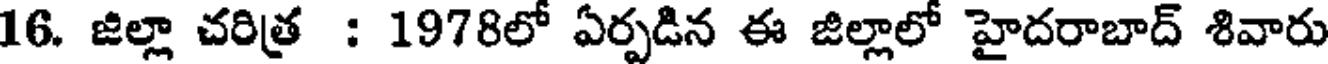
16. జిల్లా చరిత్ర : 1978లో ఏర్పడిన ఈ జిల్లాలో హైదరాబాద్ శివారు